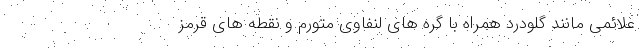
علائمی مانند گلودرد همراه با گره های لنفاوی متورم و نقطه های قرمز